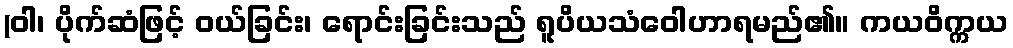
(ဝါ၊ ပိုက်ဆံဖြင့် ဝယ်ခြင်း၊ ရောင်းခြင်းသည် ရူပိယသံဝေါဟာရမည်၏။ ကယဝိက္ကယ